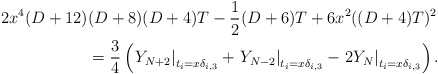
\begin{align*}2x^4(D+12) & (D+8)(D+4)T - \frac{1}{2}(D+6)T + 6x^2((D+4)T)^2 \\ &= \frac{3}{4} \left( \left. Y_{N+2} \right|_{t_i = x\delta_{i,3}} + \left. Y_{N-2} \right|_{t_i = x\delta_{i,3}} - \left. 2Y_{N} \right|_{t_i = x\delta_{i,3}} \right).\end{align*}